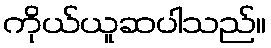
ကိုယ်ယူဆပါသည်။